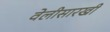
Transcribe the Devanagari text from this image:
वेलीसारखी